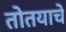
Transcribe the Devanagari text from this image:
तोतयाचे